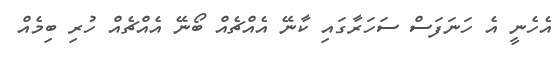
އެހެނީ އެ ހަނަފަސް ސަހަރާގައި ކާނޭ އެއްޗެއް ބޯނޭ އެއްޗެއް ހުރި ބިމެއް